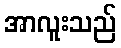
အာလူးသည်